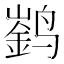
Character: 𮹚